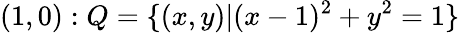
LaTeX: (1,0):Q=\{ (x,y)|(x-1)^{2}+y^{2}=1\}